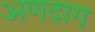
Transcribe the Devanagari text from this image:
अणदाग